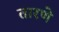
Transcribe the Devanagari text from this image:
तारणे